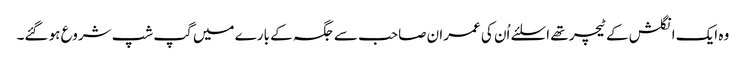
وہ ایک انگلش کے ٹیچر تھے اسلئے اُن کی عمران صاحب سے جگہ کے بارے میں گپ شپ شروع ہو گئے۔